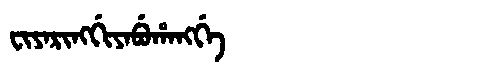
Manchu: ᠸᡳᠶᠠᡵᡳᠩᡤᡳᠶᠠᠪᡠᡥᠠᠩᡤᡝ
Romanization: FIYARINGGIYABUHANGGE